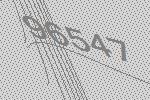
96547